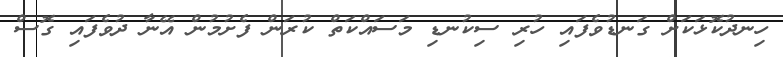
ހިނދުކޮޅަކަށް ގަނޑުވެފައި ހުރި ސިކުނޑި މަސައްކަތް ކުރަން ފެށުމުން އޭނާ ދުވެފައި ގޮސް